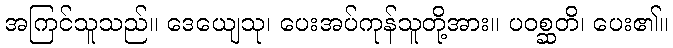
အကြင်သူသည်။ ဒေယျေသု၊ ပေးအပ်ကုန်သူတို့အား။ ပဝစ္ဆတိ၊ ပေး၏။